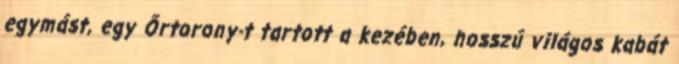
egymást, egy Őrtorony-t tartott a kezében, hosszú világos kabát